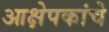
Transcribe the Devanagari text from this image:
आक्षेपकांचे